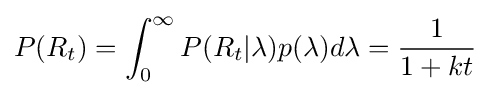
P(R_{t})=\int _{0}^{\infty }P(R_{t}|\lambda )p(\lambda )d\lambda ={\frac {1}{1+kt}}